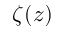
\zeta ( z )